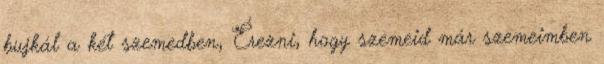
bujkál a két szemedben, Érezni, hogy szemeid már szemeimben